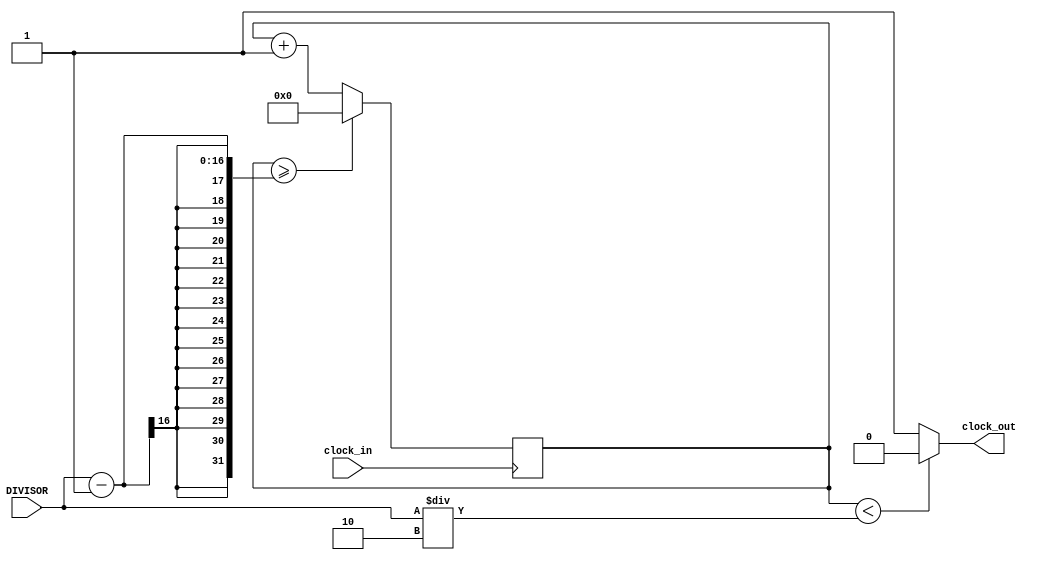
// Verilog project: Verilog code for clock divider on FPGA
// Top level Verilog code for clock divider on FPGA
`timescale 1ns / 1ps

module clock_divider
    #(
    parameter WIDTH   = 16
    )
    (DIVISOR,clock_in,clock_out
    );
input [WIDTH-1:0] DIVISOR;
input  clock_in;  // input clock
output clock_out; // output clock after dividing the input clock by divisor
reg[WIDTH-1:0] counter=0;
// parameter DIVISOR = 28'd2;
// The frequency of the output clk_out
//  = The frequency of the input clk_in divided by DIVISOR
// For example: Fclk_in = 50Mhz, if you want to get 1Hz signal to blink LEDs
// You will modify the DIVISOR parameter value to 28'd50.000.000
// Then the frequency of the output clk_out = 50Mhz/50.000.000 = 1Hz
always @(posedge clock_in)
begin
    counter <= counter + 1;
    if(counter>=(DIVISOR-1))
    counter <= 0;
end
assign clock_out = (counter<DIVISOR/2)?1'b0:1'b1;
endmodule